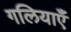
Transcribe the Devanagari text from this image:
गलियाएँ